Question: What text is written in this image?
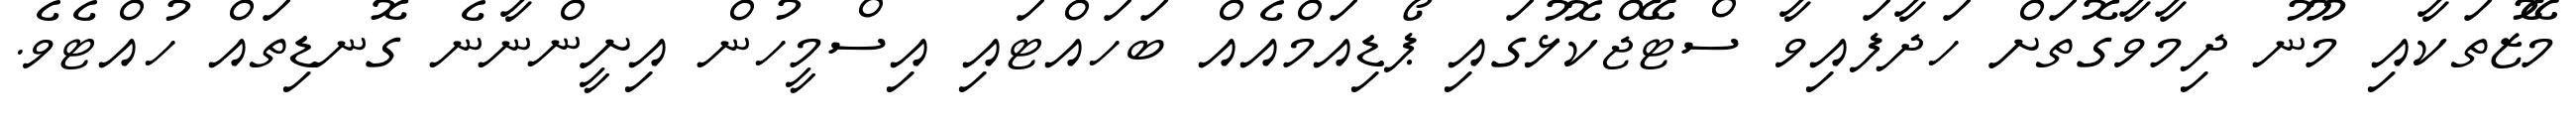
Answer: މޭޒުތަކާއި މޫނު ދިމާވާގޮތަށް ހަދާފައިވާ ސްޓޭޖްކޮޅުގައި ޕޯޑިއަމްއެއް ބަހައްޓައި އިސްމީހުން އިށީންނާނެ ގޮނޑިތައް ހުއްޓެވެ.